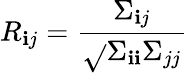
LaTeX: R_{\mathbf{i}j}=\frac{{\Sigma_{\mathbf{i}j}}}{{\sqrt{}{{\Sigma_{\mathbf{i}\mathbf{i}}\Sigma_{jj}}}}}